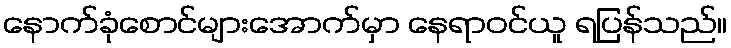
နောက်ခုံစောင်များအောက်မှာ နေရာဝင်ယူ ရပြန်သည်။